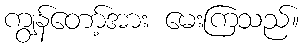
ကျွန်တော့်အား မေးကြသည်။